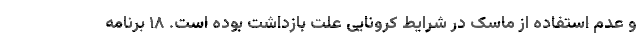
و عدم استفاده از ماسک در شرایط کرونایی علت بازداشت بوده است. ۱۸ برنامه